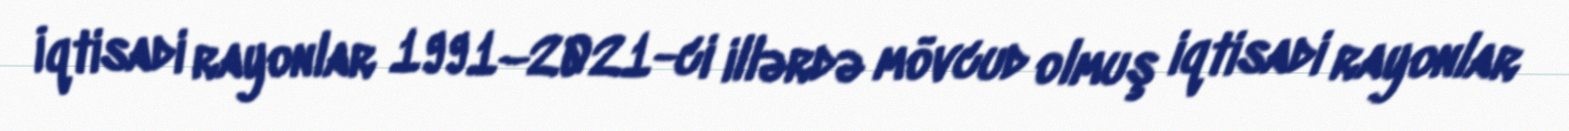
İqtisadi rayonlar 1991–2021-ci illərdə mövcud olmuş iqtisadi rayonlar